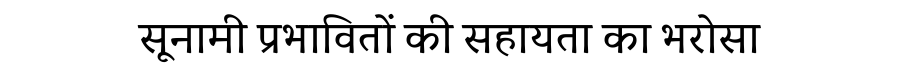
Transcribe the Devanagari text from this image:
सूनामी प्रभावितों की सहायता का भरोसा